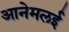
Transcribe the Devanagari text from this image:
आनेमलई